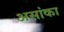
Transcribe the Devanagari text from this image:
असांका